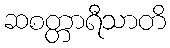
ဆစတ္တာရီသာတိ